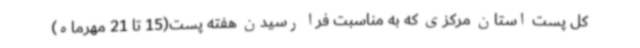
کل پست استان مرکزی که به مناسبت فرا رسیدن هفته پست(15 تا 21 مهرماه)